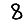
Digit: 8